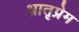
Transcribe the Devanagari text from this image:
भ्रातृप्रेम